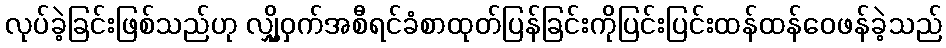
လုပ်ခဲ့ခြင်းဖြစ်သည်ဟု လျှို့ဝှက်အစီရင်ခံစာထုတ်ပြန်ခြင်းကိုပြင်းပြင်းထန်ထန်ဝေဖန်ခဲ့သည်